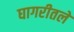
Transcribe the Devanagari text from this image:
घागरीतले